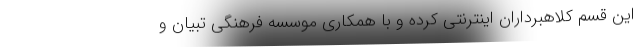
این قسم کلاهبرداران اینترنتی کرده و با همکاری موسسه فرهنگی تبیان و